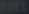
m\in\mathbb{N}